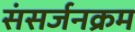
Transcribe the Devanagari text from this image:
संसर्जनक्रम